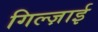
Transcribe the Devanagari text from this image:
गिल्ज़ाई